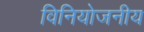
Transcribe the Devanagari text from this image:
विनियोजनीय